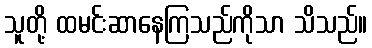
သူတို့ ထမင်းဆာနေကြသည်ကိုသာ သိသည်။